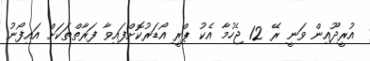
އުރީދޫއިން ވަނީ ރޭ 12 ޖެހުމާ އެކު ޕްރީ އޯޑަރުކޮށްފައިވާ ފަރާތްތަކަށް އައިފޯނު